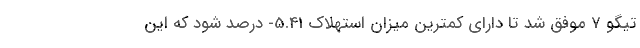
تیگو 7 موفق شد تا دارای کمترین میزان استهلاک 5.41- درصد شود که این